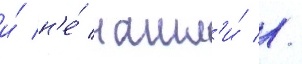
и́ н'е́ нашл'и́ //